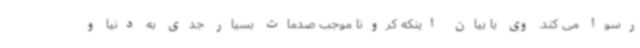
رسوا می کند. وی با بیان اینکه کرونا موجب صدمات بسیار جدی به دنیا و